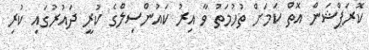
ކޮރަޕްޝަން އޮތް ކަމަށް ތުހުމަތު ވާ އިރު ކައުންސިލްގެ ކުރީ ދައުރުގައި ކުރި